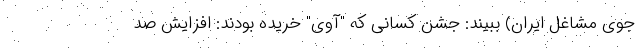
جوی مشاغل ایران) ببیند: جشن کسانی که "آوی" خریده بودند: افزایش صد